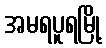
အမရပူရမြို့